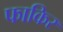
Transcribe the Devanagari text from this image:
फाकिर